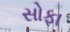
સોફા